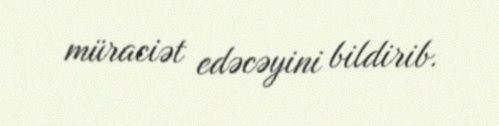
müraciət edəcəyini bildirib.